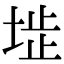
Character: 𡍍